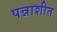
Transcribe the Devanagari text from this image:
पन्नाशीत